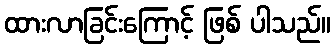
ထားလာခြင်းကြောင့် ဖြစ် ပါသည်။